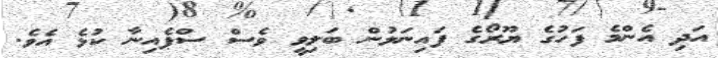
އަދި އެންމެ ފަހުގެ ޔޫރޯގެ ފައިނަލުން ބަލިވީ ވެސް ސްޕެއިނާ ކުޅެ އެވެ.